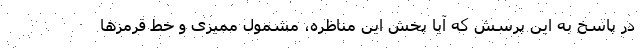
در پاسخ به این پرسش که آیا پخش این مناظره، مشمول ممیزی و خط قرمزها